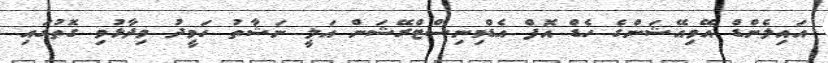
އައިލެންޑް އޭވިއޭޝަންގެ ހެޑް އޮފް އެޑްމިނިސްޓްރޭޝަން އަލީ ނަޝާތު ހަމީދު ވިދާޅުވި ގޮތުގައި